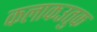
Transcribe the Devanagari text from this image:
कलाकउतुक